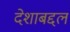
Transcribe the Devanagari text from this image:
देशाबद्दल